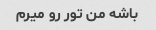
باشه من تور رو میرم